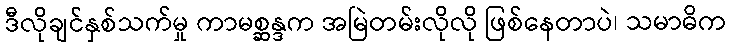
ဒီလိုချင်နှစ်သက်မှု ကာမစ္ဆန္ဒက အမြဲတမ်းလိုလို ဖြစ်နေတာပဲ၊ သမာဓိက